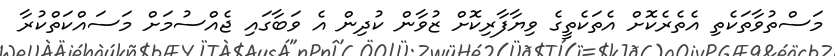
މަސްތުވާތަކެތި އެތެރެކޮށް އެތަކެތީގެ ވިޔާފާރިކޮށް ޒުވާން ކުދިން އެ ވަބާގައި ޖެއްސުމަށް މަސައްކަތްކުރާ